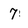
Character: 7